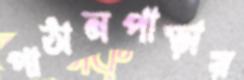
পাঠানপাড়ায়